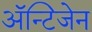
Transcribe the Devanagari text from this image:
अॅन्टिजेन